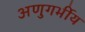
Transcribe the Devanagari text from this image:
अणुगर्भीय